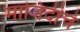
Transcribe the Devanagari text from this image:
माजिदीचे